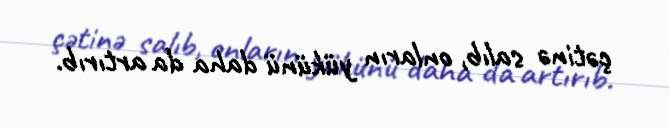
çətinə salıb, onların yükünü daha da artırıb.